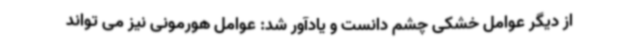
از دیگر عوامل خشکی چشم دانست و یادآور شد: عوامل هورمونی نیز می تواند